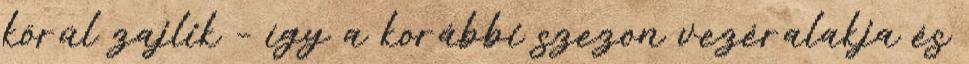
körül zajlik – így a korábbi szezon vezéralakja és